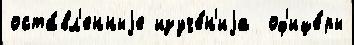
оста́вл'енныjе изуче́н'иjа  оф'ице́ры